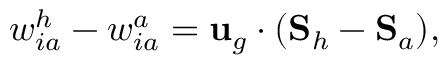
w _ { i a } ^ { h } - w _ { i a } ^ { a } = { \bf u } _ { g } \cdot ( { \bf S } _ { h } - { \bf S } _ { a } ) ,